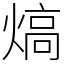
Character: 熇